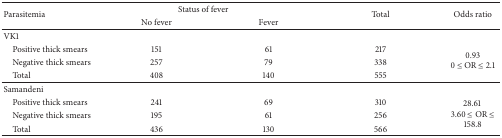
<table><thead><tr><td rowspan="2"><b>Parasitemia</b></td><td colspan="2"><b>Status of fever</b></td><td rowspan="2"><b>Total</b></td><td rowspan="2"><b>Odds ratio</b></td></tr><tr><td><b>No fever</b></td><td><b>Fever</b></td></tr></thead><tbody><tr><td>VK1</td><td> </td><td> </td><td> </td><td> </td></tr><tr><td> Positive thick smears</td><td>151</td><td>61</td><td>217</td><td rowspan="3">0.930 ≤ OR ≤ 2.1</td></tr><tr><td> Negative thick smears</td><td>257</td><td>79</td><td>338</td></tr><tr><td> Total</td><td>408</td><td>140</td><td>555</td></tr><tr><td>Samandeni</td><td> </td><td> </td><td> </td><td> </td></tr><tr><td> Positive thick smears</td><td>241</td><td>69</td><td>310</td><td rowspan="3">28.61 3.60 ≤ OR ≤ 158.8</td></tr><tr><td> Negative thick smears</td><td>195</td><td>61</td><td>256</td></tr><tr><td> Total</td><td>436</td><td>130</td><td>566</td></tr></tbody></table>